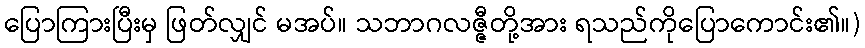
ပြောကြားပြီးမှ ဖြတ်လျှင် မအပ်။ သဘာဂလဇ္ဇီတို့အား ရသည်ကိုပြောကောင်း၏။)